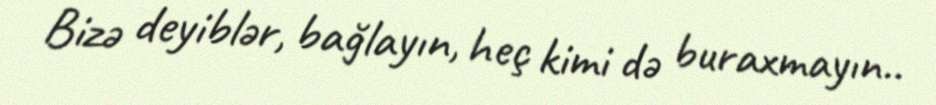
Bizə deyiblər, bağlayın, heç kimi də buraxmayın..